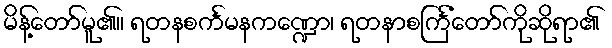
မိန့်တော်မူ၏။ ရတနစင်္ကမနကဏ္ဍော၊ ရတနာစင်္ကြံတော်ကိုဆိုရာ၏